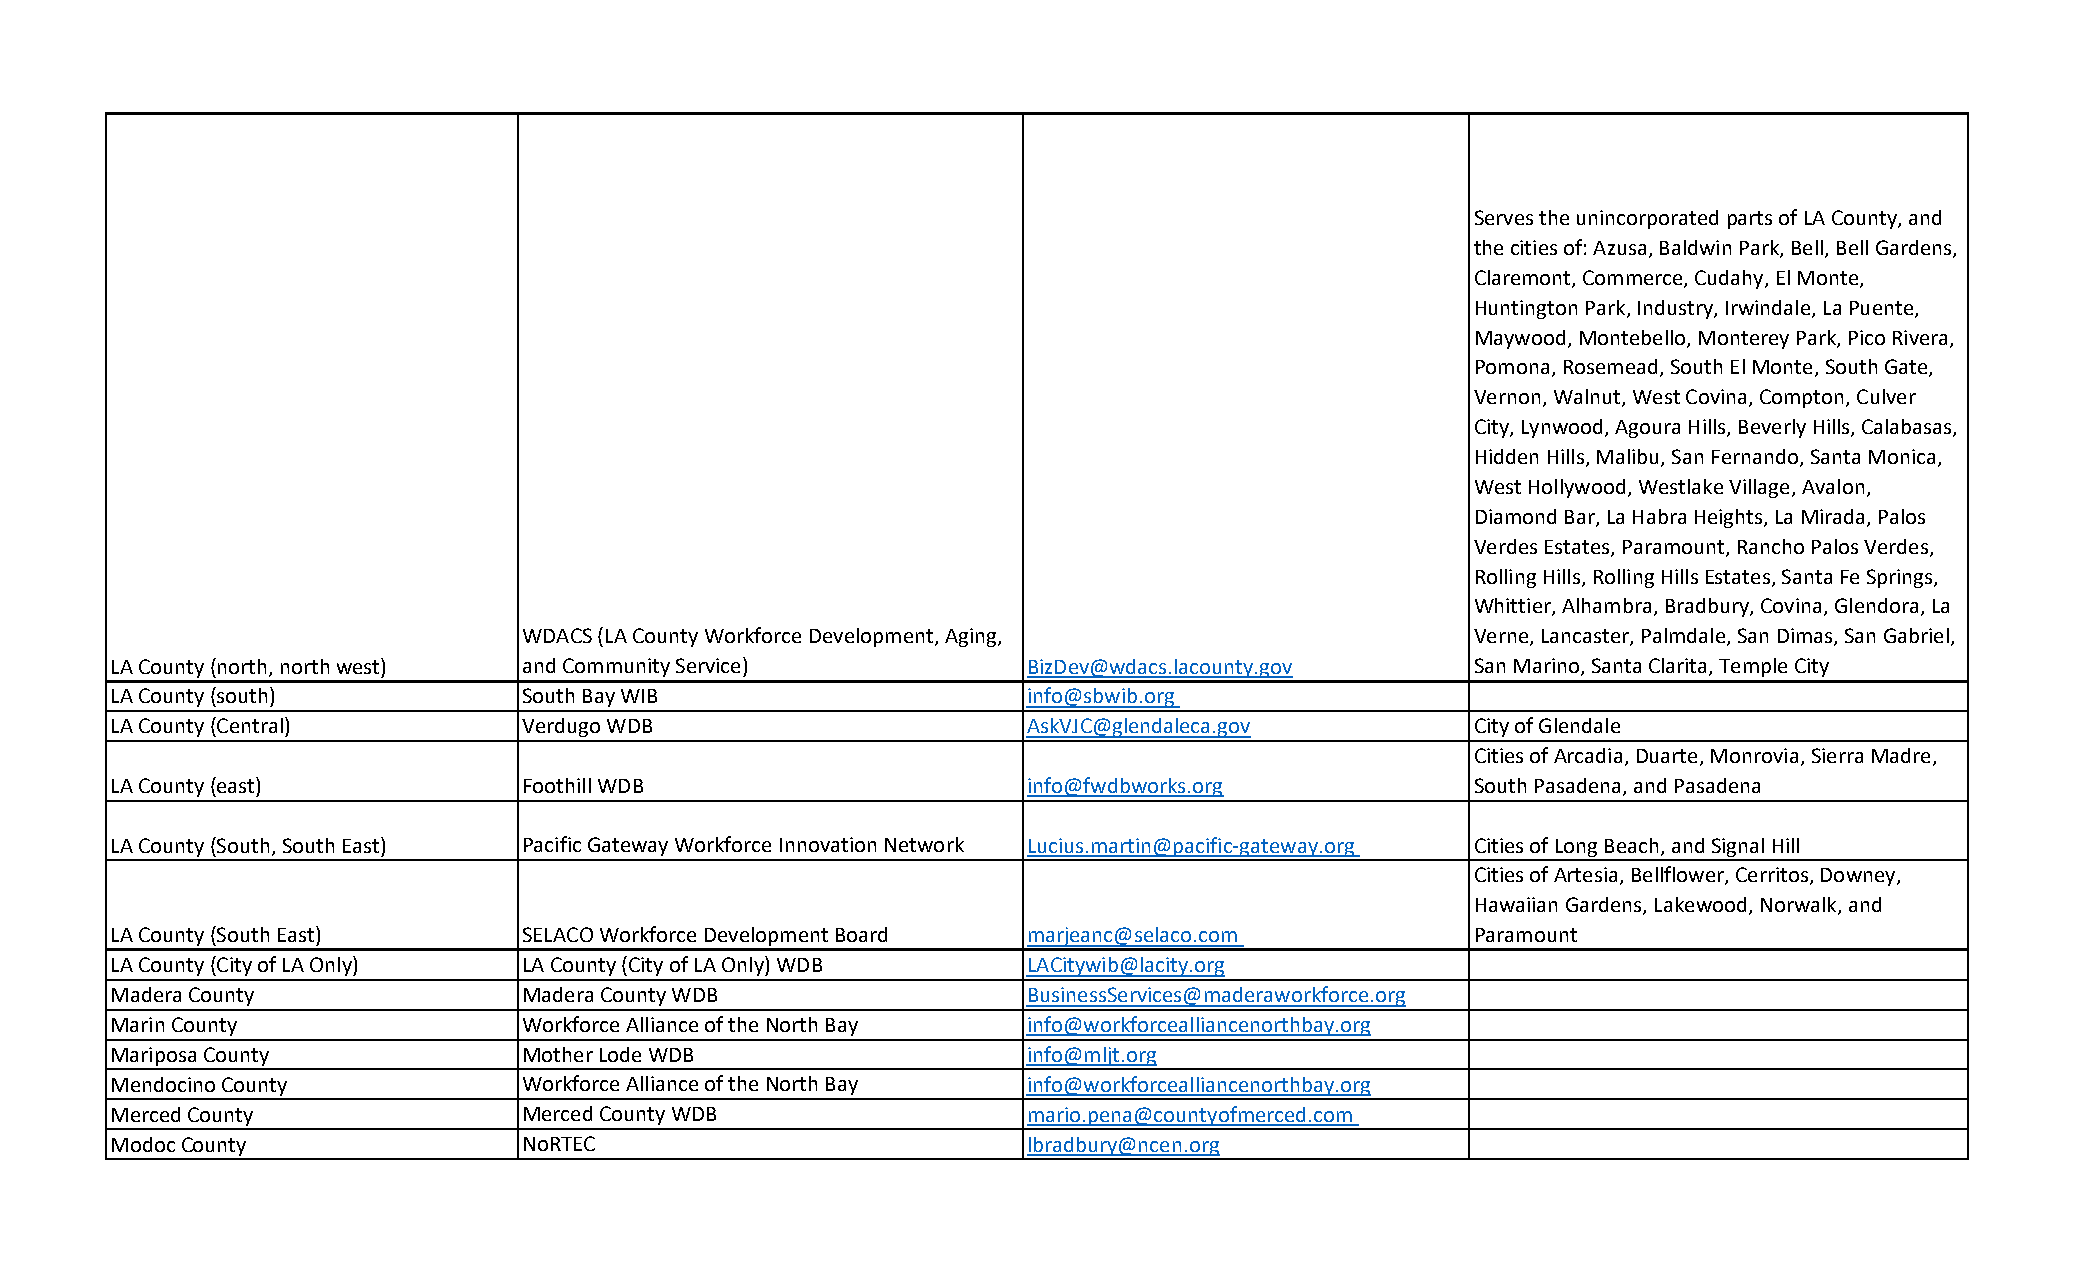
Serves the unincorporated parts of LA County, and
 the cities of: Azusa, Baldwin Park, Bell, Bell Gardens,
 Claremont, Commerce, Cudahy, El Monte,
 Huntington Park, Industry, Irwindale, La Puente,
 Maywood, Montebello, Monterey Park, Pico Rivera,
 Pomona, Rosemead, South El Monte, South Gate,
 Vernon, Walnut, West Covina, Compton, Culver
 City, Lynwood, Agoura Hills, Beverly Hills, Calabasas,
 Hidden Hills, Malibu, San Fernando, Santa Monica,
 West Hollywood, Westlake Village, Avalon,
 Diamond Bar, La Habra Heights, La Mirada, Palos
 Verdes Estates, Paramount, Rancho Palos Verdes,
 Rolling Hills, Rolling Hills Estates, Santa Fe Springs,
 Whittier, Alhambra, Bradbury, Covina, Glendora, La
 WDACS (LA County Workforce Development, Aging,                 Verne, Lancaster, Palmdale, San Dimas, San Gabriel,
 LA County (north, north west) and Community Service)         BizDev@wdacs.lacounty.gov     San Marino, Santa Clarita, Temple City
 LA County (south)           South Bay WIB                    info@sbwib.org
 LA County (Central)         Verdugo WDB                      AskVJC@glendaleca.gov         City of Glendale
 Cities of Arcadia, Duarte, Monrovia, Sierra Madre,
 LA County (east)            Foothill WDB                     info@fwdbworks.org            South Pasadena, and Pasadena
 LA County (South, South East) Pacific Gateway Workforce Innovation Network Lucius.martin@pacific‐gateway.org Cities of Long Beach, and Signal Hill
 Cities of Artesia, Bellflower, Cerritos, Downey,
 Hawaiian Gardens, Lakewood, Norwalk, and
 LA County (South East)      SELACO Workforce Development Board marjeanc@selaco.com         Paramount
 LA County (City of LA Only) LA County (City of LA Only) WDB  LACitywib@lacity.org
 Madera County               Madera County WDB                BusinessServices@maderaworkforce.org
 Marin County                Workforce Alliance of the North Bay info@workforcealliancenorthbay.org
 Mariposa County             Mother Lode WDB                  info@mljt.org
 Mendocino County            Workforce Alliance of the North Bay info@workforcealliancenorthbay.org
 Merced County               Merced County WDB                mario.pena@countyofmerced.com
 Modoc County                NoRTEC                           lbradbury@ncen.org